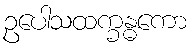
ဥပေါသထက္ခန္ဓကော